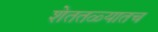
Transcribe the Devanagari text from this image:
शेततळ्यातच